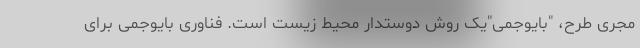
مجری طرح، "بایوجمی"یک روش دوستدار محیط زیست است. فناوری بایوجمی برای